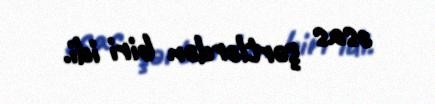
əsas şərtlərdən biri idi.